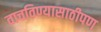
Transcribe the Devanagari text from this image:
वाचविण्यासाठीपण